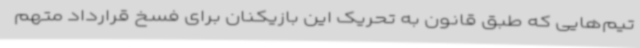
تیم‌هایی که طبق قانون به تحریک این بازیکنان برای فسخ قرارداد متهم